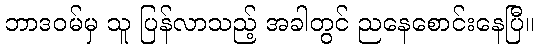
ဘာဒဝမ်မှ သူ ပြန်လာသည့် အခါတွင် ညနေစောင်းနေပြီ။